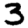
Digit: 3